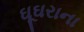
ઘૂઘરાના